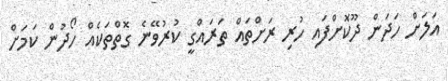
އަލަށް ހަދަން ދޫކޮށްފައި ހުރި ރަށްތައް ތަރައްގީ ކުރުވޭނެ ގޮތްތަކެއް ހޯދުން ކަމަށް